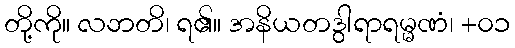
တို့ကို။ လဘတိ၊ ရ၏။ အနိယတဒွါရာရမ္မဏံ၊ +၀၁